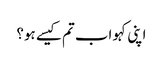
اپنی کہو اب تم کیسے ہو؟